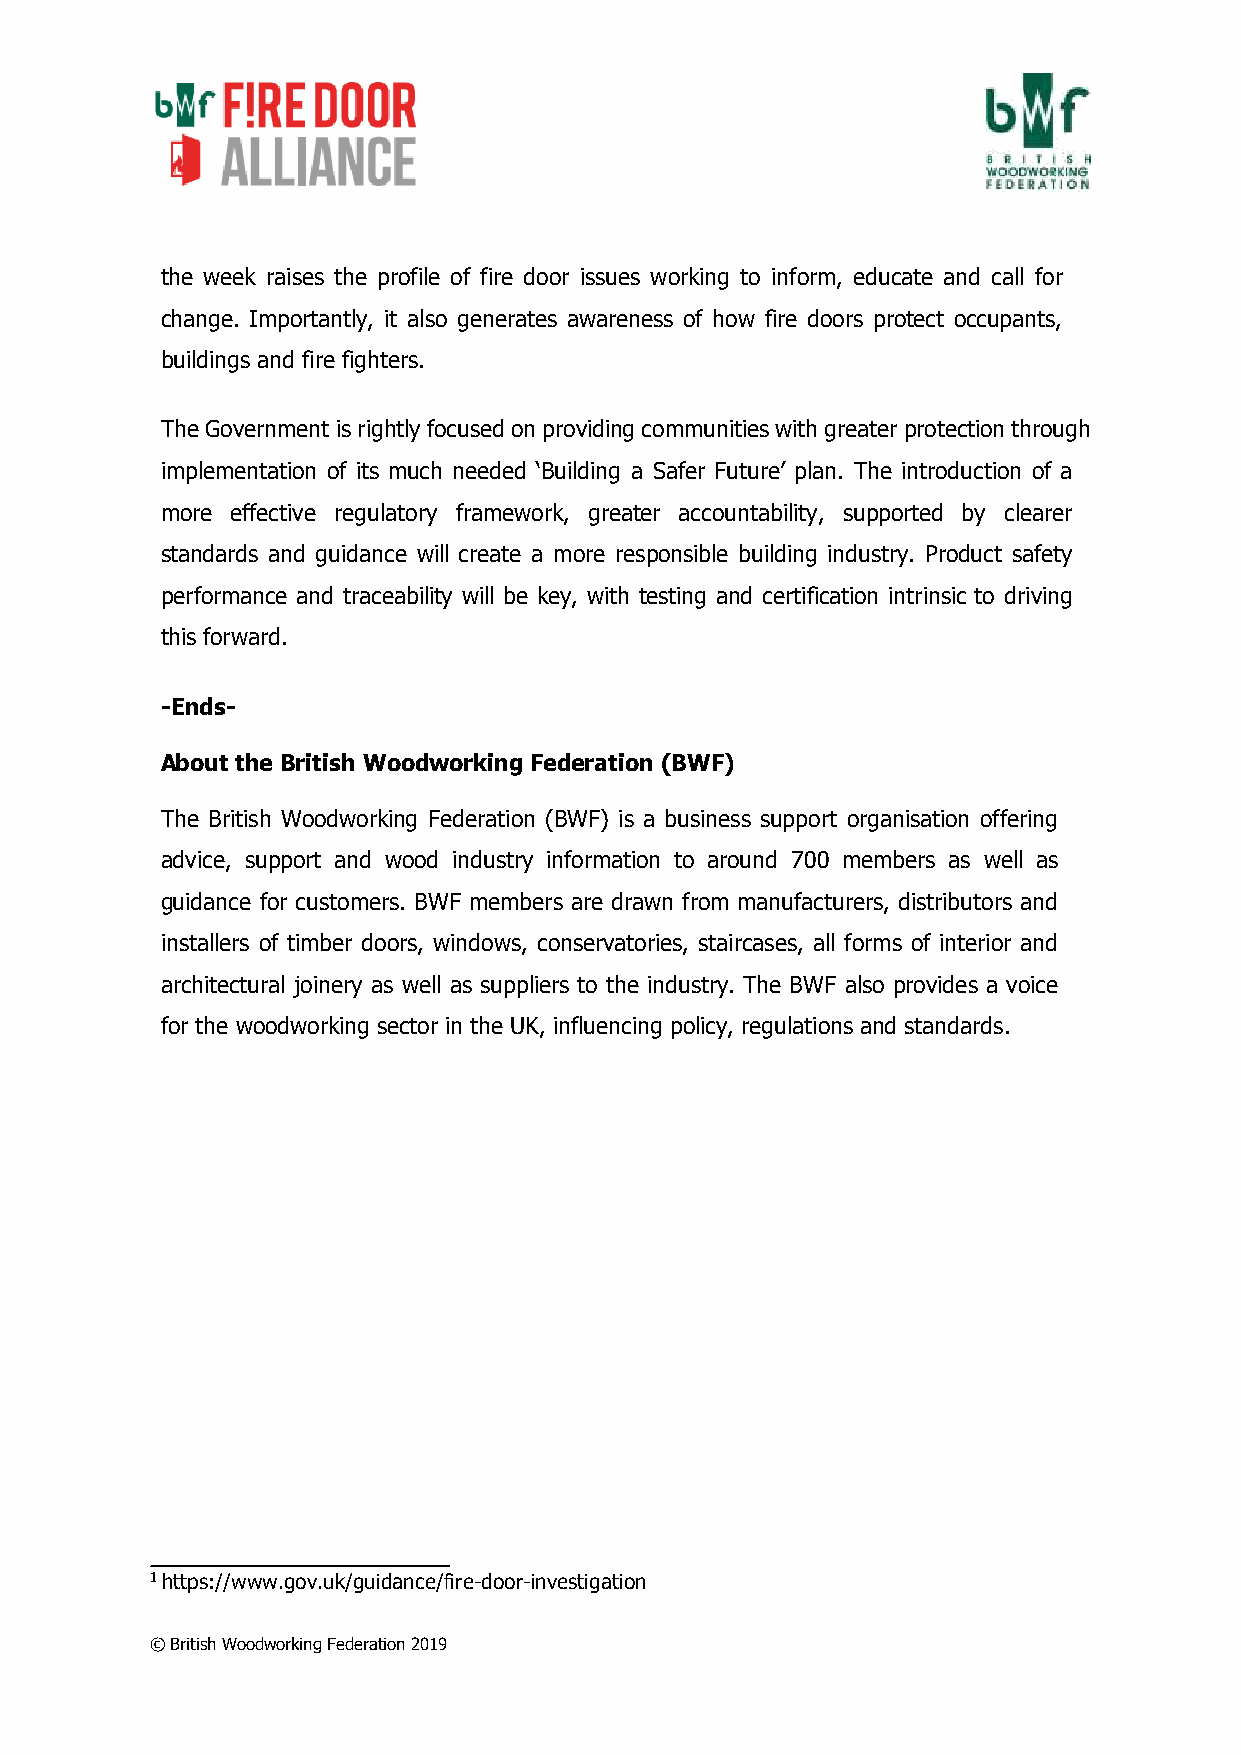
the week raises the profile of fire door issues working to inform, educate and call for
 change. Importantly, it also generates awareness of how fire doors protect occupants,
 buildings and fire fighters.
 The Government is rightly focused on providing communities with greater protection through
 implementation of its much needed ‘Building a Safer Future’ plan. The introduction of a
 more effective regulatory framework, greater accountability, supported by clearer
 standards and guidance will create a more responsible building industry. Product safety
 performance and traceability will be key, with testing and certification intrinsic to driving
 this forward.
 -Ends-
 About the British Woodworking Federation (BWF)
 The British Woodworking Federation (BWF) is a business support organisation offering
 advice, support and wood industry information to around 700 members as well as
 guidance for customers. BWF members are drawn from manufacturers, distributors and
 installers of timber doors, windows, conservatories, staircases, all forms of interior and
 architectural joinery as well as suppliers to the industry. The BWF also provides a voice
 for the woodworking sector in the UK, influencing policy, regulations and standards.
 1 https://www.gov.uk/guidance/fire-door-investigation
 © British Woodworking Federation 2019